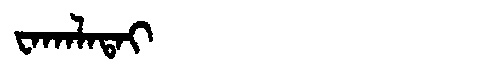
Manchu: ᠸᠠᡴᠠᠯᠠᡨᠠᡳ
Romanization: WAKALATAI